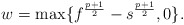
\begin{align*}w=\max\{ f^{\frac{p +1}{2}} - s^{\frac{p+1}{2}} ,0\}.\end{align*}